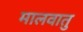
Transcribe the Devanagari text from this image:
मालवातु